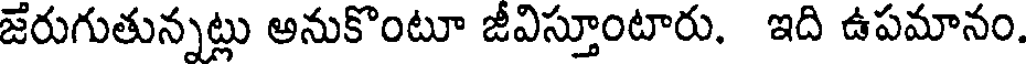
జేరుగుతున్నట్లు అనుకొంటూ జీవిస్తూంటారు. ఇది ఉపమానం.